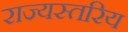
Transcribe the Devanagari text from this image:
राज्यस्तरिय